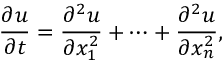
{ \frac { \partial u } { \partial t } } = { \frac { \partial ^ { 2 } u } { \partial x _ { 1 } ^ { 2 } } } + \cdots + { \frac { \partial ^ { 2 } u } { \partial x _ { n } ^ { 2 } } } ,